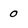
Character: O